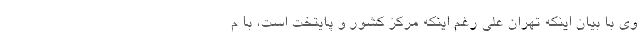
وی با بیان اینکه تهران علی رغم اینکه مرکز کشور و پایتخت است، با م